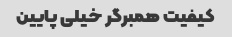
کیفیت همبرگر خیلی پایین